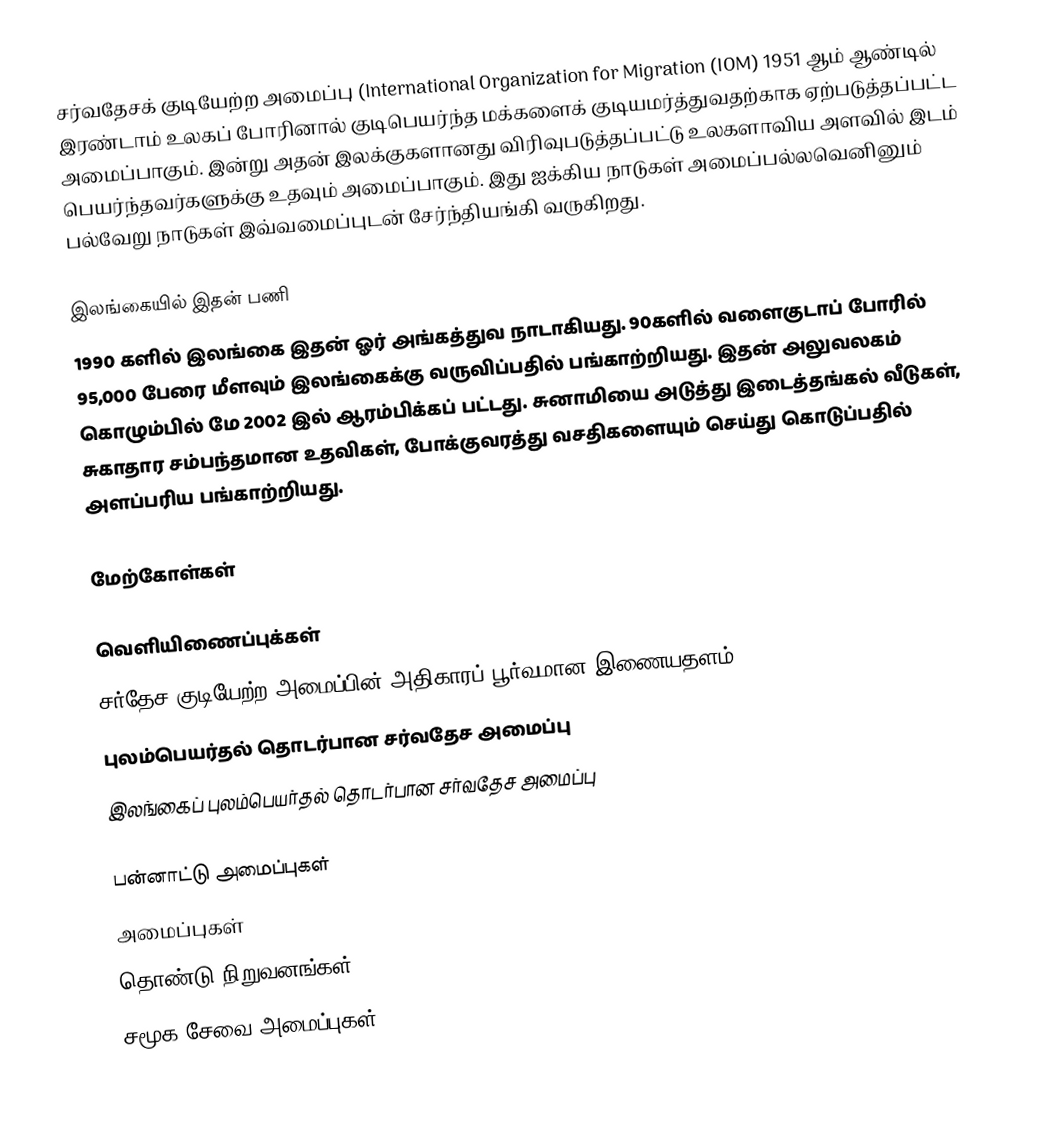
சர்வதேசக் குடியேற்ற அமைப்பு (International Organization for Migration (IOM) 1951 ஆம் ஆண்டில் இரண்டாம் உலகப் போரினால் குடிபெயர்ந்த மக்களைக் குடியமர்த்துவதற்காக ஏற்படுத்தப்பட்ட அமைப்பாகும். இன்று அதன் இலக்குகளானது விரிவுபடுத்தப்பட்டு உலகளாவிய அளவில் இடம் பெயர்ந்தவர்களுக்கு உதவும் அமைப்பாகும். இது ஐக்கிய நாடுகள் அமைப்பல்லவெனினும் பல்வேறு  நாடுகள் இவ்வமைப்புடன் சேர்ந்தியங்கி வருகிறது.

இலங்கையில் இதன் பணி
1990 களில் இலங்கை இதன் ஓர் அங்கத்துவ நாடாகியது. 90களில் வளைகுடாப் போரில் 95,000 பேரை மீளவும் இலங்கைக்கு வருவிப்பதில் பங்காற்றியது. இதன் அலுவலகம் கொழும்பில் மே 2002 இல் ஆரம்பிக்கப் பட்டது. சுனாமியை அடுத்து இடைத்தங்கல் வீடுகள், சுகாதார சம்பந்தமான உதவிகள், போக்குவரத்து வசதிகளையும் செய்து கொடுப்பதில் அளப்பரிய பங்காற்றியது.

மேற்கோள்கள்

வெளியிணைப்புக்கள்
 சர்தேச குடியேற்ற அமைப்பின் அதிகாரப் பூர்வமான இணையதளம்
புலம்பெயர்தல் தொடர்பான சர்வதேச அமைப்பு
இலங்கைப் புலம்பெயர்தல் தொடர்பான சர்வதேச அமைப்பு

பன்னாட்டு அமைப்புகள்
அமைப்புகள்
தொண்டு நிறுவனங்கள்
சமூக சேவை அமைப்புகள்